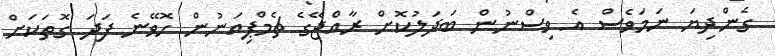
ގެންދިޔަ ނަމަވެސް އެ ވިސްނުން ބަދަލުކޮށް ރާއްޖޭގެ ޗެމްޕިއަނުން ހޮވޭނެ ފަދަ ގޮތަކަށް